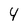
Character: 4